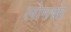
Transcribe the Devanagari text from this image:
लोमशा